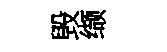
毁缬